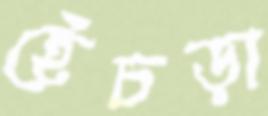
হেঁচড়া